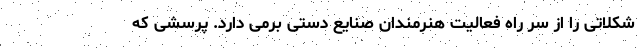
شکلاتی را از سر راه فعالیت هنرمندان صنایع دستی برمی دارد. پرسشی که